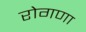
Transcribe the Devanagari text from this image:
रोगणा